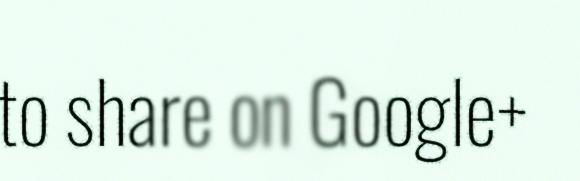
to share on Google+